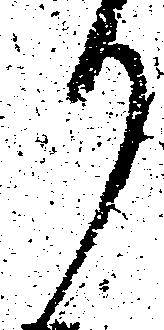
り